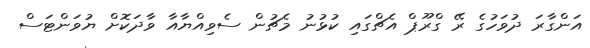
އަންގާރަ ދުވަހުގެ ރޭ ގްރޫޕް އެޗްގައި ކުޅުނު މެޗުން ސެވިއްޔާއާ ވާދަކޮށް ޔުވަންޓަސް